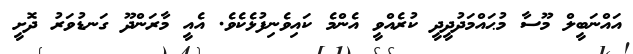
އައްނަބީލް މޫސާ މުޙައްމަދުދީދީ ކުރެއްވީ އެންމެ ކައިވެނިފުޅެކެވެ. އެއީ މާރަންދޫ ގަނޑުވަރު ދޮށީ